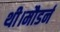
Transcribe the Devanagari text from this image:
थी।मौडर्न